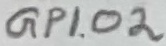
Text: GPIO2